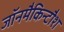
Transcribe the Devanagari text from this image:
जॉनमैकिन्टौश